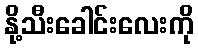
နို့သီးခေါင်းလေးကို